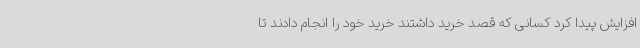
افزایش پیدا کرد کسانی که قصد خرید داشتند خرید خود را انجام دادند تا